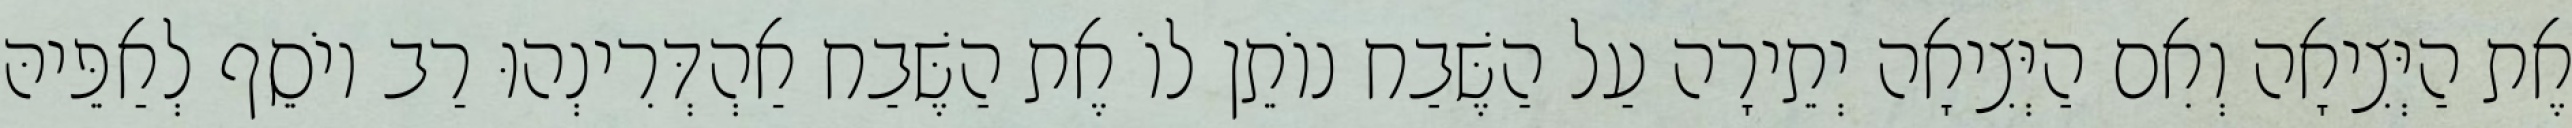
אֶת הַיְּצִיאָה וְאִם הַיְּצִיאָה יְתֵירָה עַל הַשֶּׁבַח נוֹתֵן לוֹ אֶת הַשֶּׁבַח אַהְדְּרִינְהוּ רַב יוֹסֵף לְאַפֵּיהּ